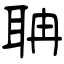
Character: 聃